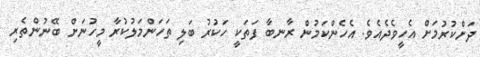
ދަށްކުރުމަށް އެހީވެދެއެވެ. އެހެންކަމުން ރާނބާ ފަތަކީ ހަކުރު ބަލި ތަހަންމަލުކުރާ މީހުނަށް ބޭނުންތެރި